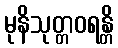
မုနိသုတ္တဝရန္တိ